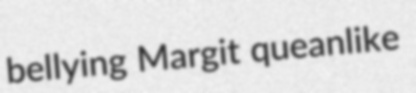
bellying Margit queanlike